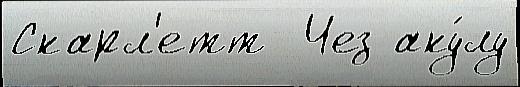
Скарл'етт  Чез аку́лу